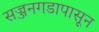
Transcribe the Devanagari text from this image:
सज्जनगडापासून